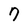
Character: 7